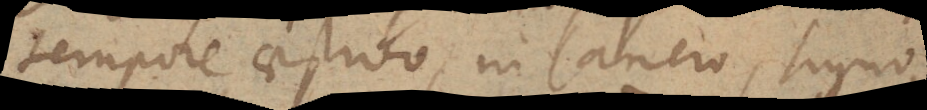
tempore aestivo, in Cancro, signo